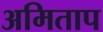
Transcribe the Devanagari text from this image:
अमिताप